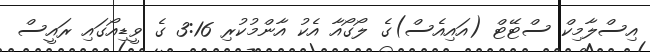
އިސްލާމިކް ސްޓޭޓް (އައިއެސް)ގެ ލޯގޯއާ އެކު އާންމުކުރި 3:16 ގެ ވީޑިއޯގައި ރައީސް